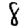
Digit: 8